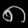
Digit: ၈